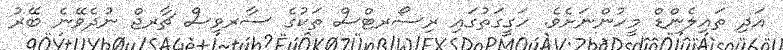
އަދި ތައިލެންޑް މީހުންނަށެވެ. ހަގީގަތުގައި ރިސޯރޓްސް ތަކުގެ ސާރވިސް ޗާރޖް ނުދެވޭނެ ބޭރު